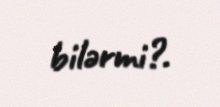
bilərmi?.